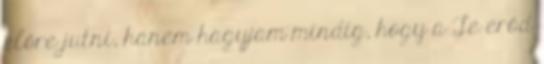
előre jutni, hanem hagyjam mindig, hogy a Te erőd